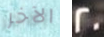
الآخر 20